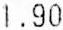
1.90